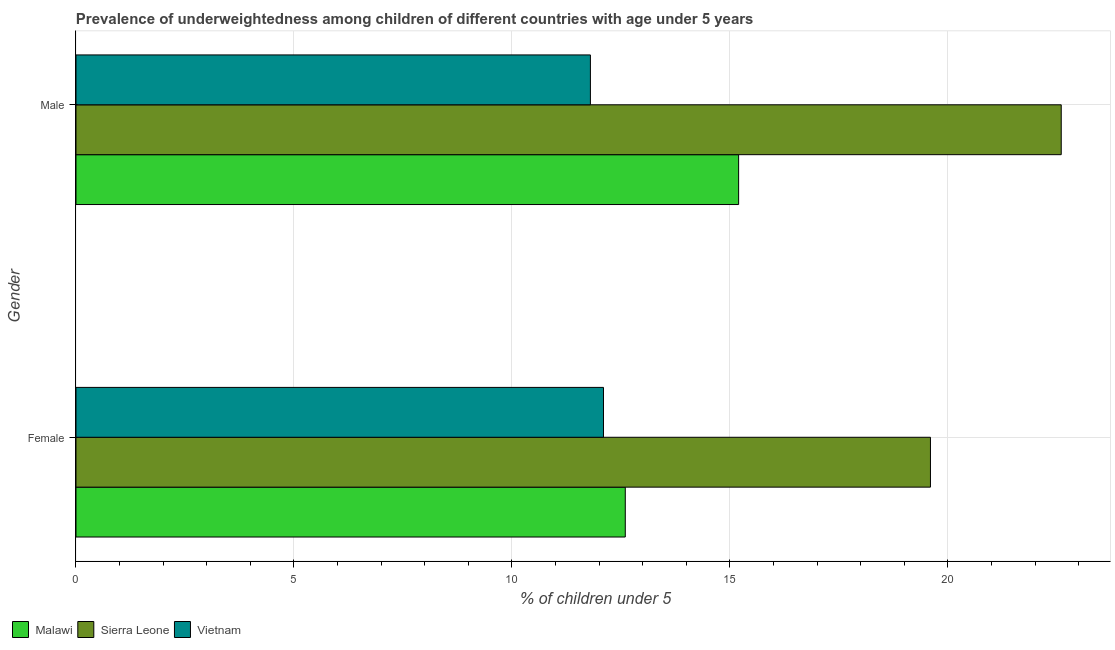
| Gender | Malawi | Sierra Leone | Vietnam |
 | --- | --- | --- | --- |
 | Female | 12.6 | 19.6 | 12.1 |
 | Male | 15.2 | 22.6 | 11.8 |